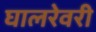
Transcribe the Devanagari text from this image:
घालरेवरी